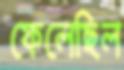
ফেলেছিল